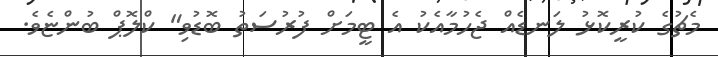
މެޗުގެ ކުރީކޮޅު ލަނޑެއް ޖެހުމާއެކު އެ ޓީމަށް ފުރުސަތު ބޮޑުވި" ކްލޮޕް ބުންޏެވެ.